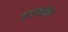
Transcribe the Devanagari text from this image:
त्याचेसील